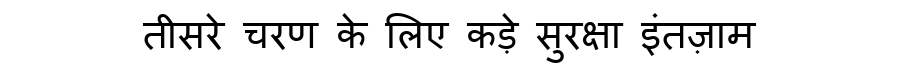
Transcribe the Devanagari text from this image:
तीसरे चरण के लिए कड़े सुरक्षा इंतज़ाम